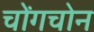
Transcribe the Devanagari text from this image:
चोंगचोन